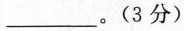
___。(3分)